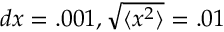
d x = . 0 0 1 , \sqrt { \langle x ^ { 2 } \rangle } = . 0 1